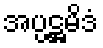
အပ္ပဋ္ဌမိဒံ